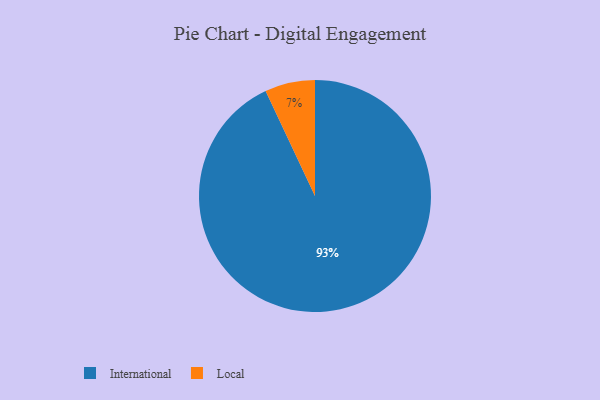
{"axis": {"x": "Category", "y": "Percentage"}, "legend": ["International", "Local"], "data": [{"x": "Local", "y": 7, "type": "Local"}, {"x": "International", "y": 93, "type": "International"}]}